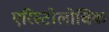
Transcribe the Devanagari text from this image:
एरिस्टोलोचिक